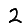
Digit: 2